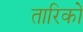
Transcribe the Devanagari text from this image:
तारिकों